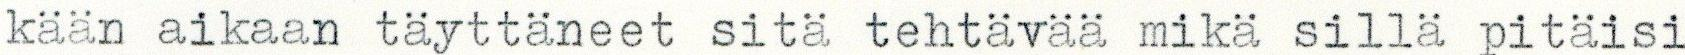
kään aikaan täyttäneet sitä tehtävää mikä sillä pitäisi